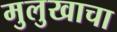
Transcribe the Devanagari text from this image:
मुलुखाचा